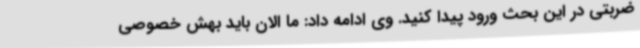
ضربتی در این بحث ورود پیدا کنید. وی ادامه داد: ما الان باید بهش خصوصی